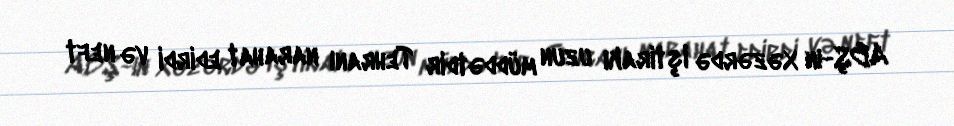
ABŞ-ın Xəzərdə iştirakı uzun müddətdir Tehranı narahat edirdi və neft